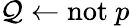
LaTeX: \mathcal{Q}\leftarrow\mathrm{{not}}~p